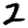
Digit: 2